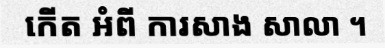
កើត អំពី ការសាង សាលា ។